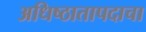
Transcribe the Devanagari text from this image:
अधिष्ठातापदाचा